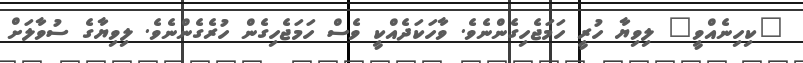
"ކިހިނެއްވީ" ލިވިޔާ ހުރީ ހަމަޖެހިގެންނެވެ. ވާހަކަދެއްކީ ވެސް ހަމަޖެހިގެން ހުރެގެންނެވެ. ލިވިޔާގެ ސުވާލަށް